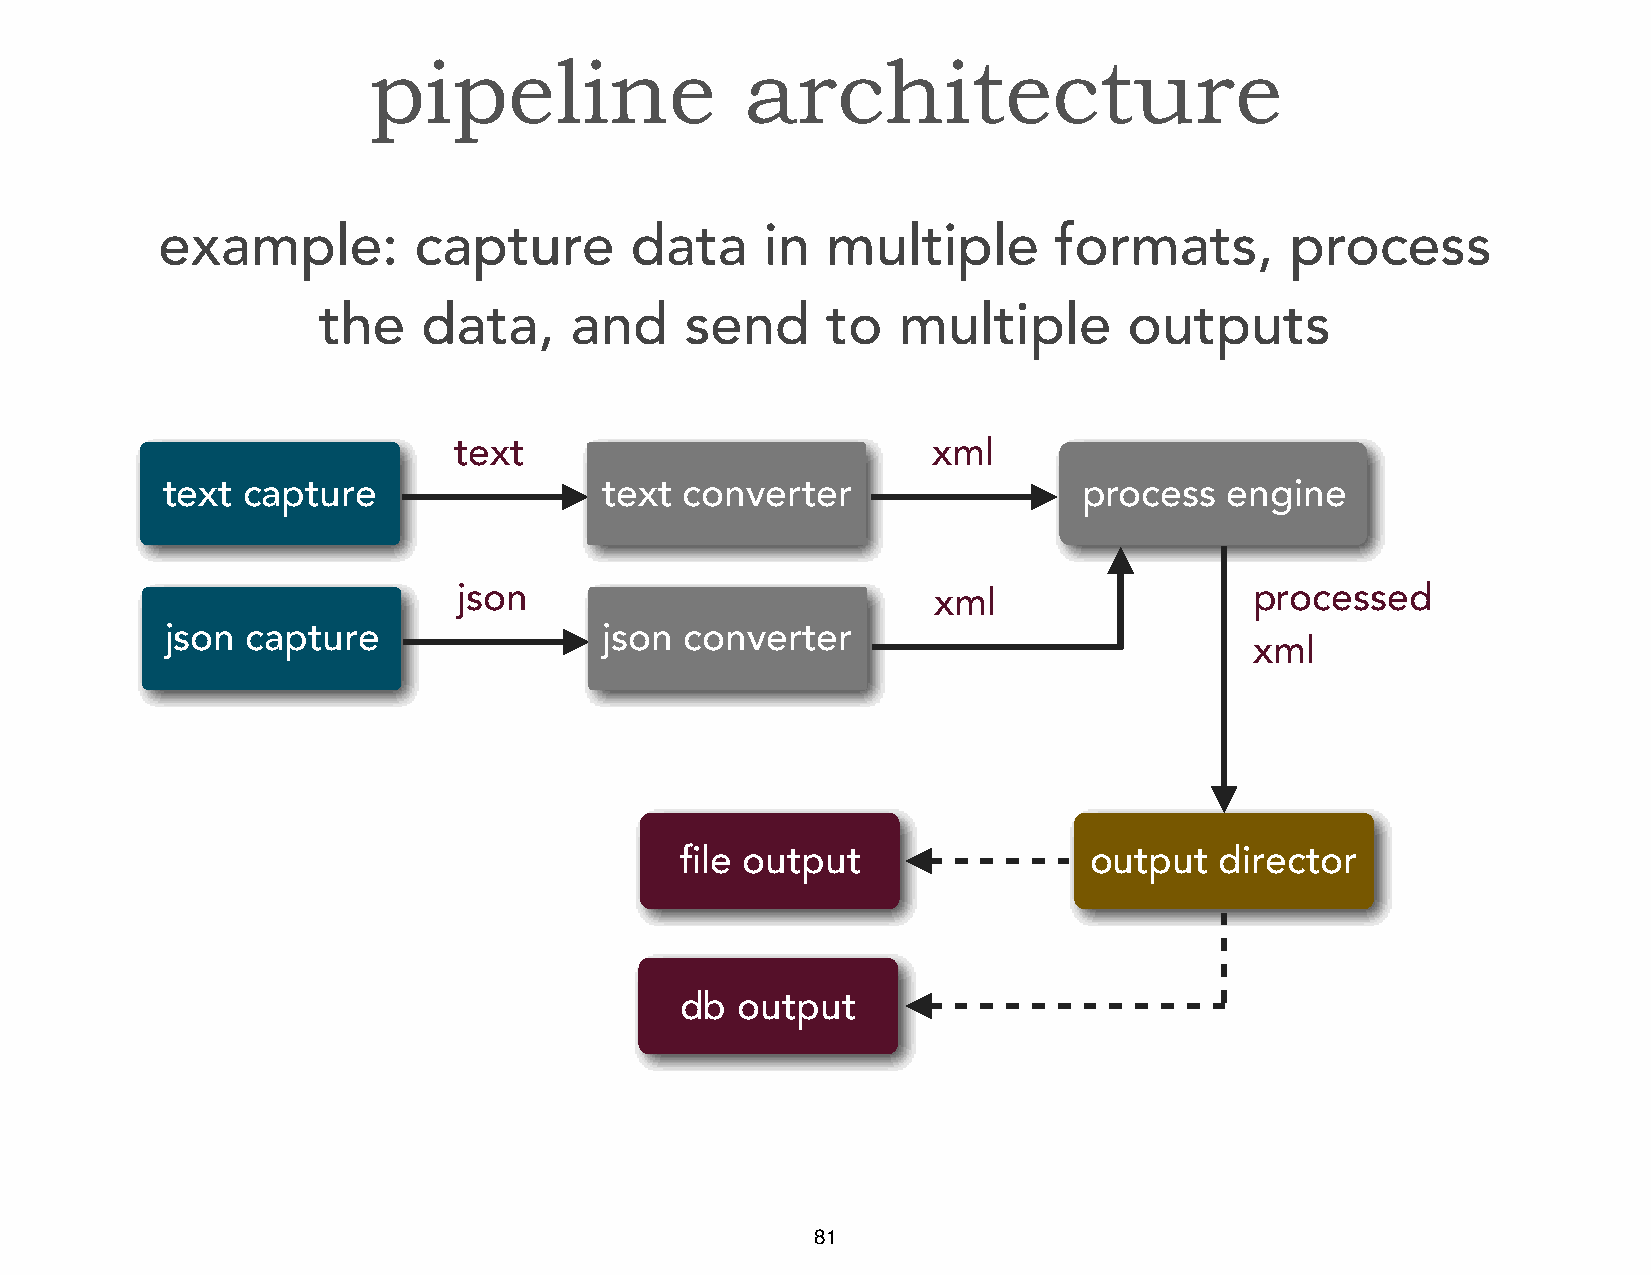
pipeline                 architecture
 example:         capture        data     in  multiple       formats,       process
 the    data,     and    send      to  multiple        outputs
 text                            xml
 text capture                 text converter                  process  engine
 json                            xml                  processed
 json capture                 json converter
 xml
 file output                output   director
 db  output
 81